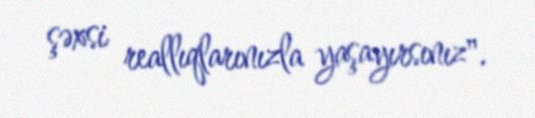
şəxsi reallıqlarınızla yaşayırsınız".